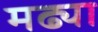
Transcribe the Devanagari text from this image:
मढ्या